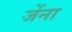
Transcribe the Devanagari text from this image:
जेंना